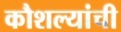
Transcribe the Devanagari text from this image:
कौशल्यांची